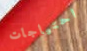
احتياجات